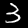
Digit: 3